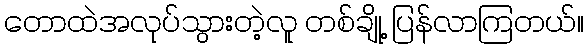
တောထဲအလုပ်သွားတဲ့လူ တစ်ချို့ ပြန်လာကြတယ်။